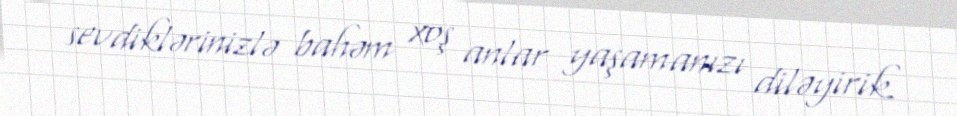
sevdiklərinizlə bahəm xoş anlar yaşamanızı diləyirik.